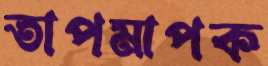
তাপমাপক